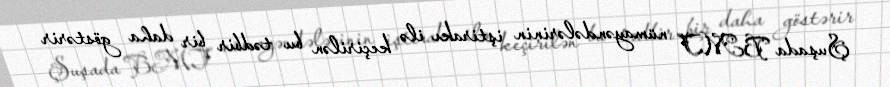
Şuşada BMT nümayəndələrinin iştirakı ilə keçirilən bu tədbir bir daha göstərir